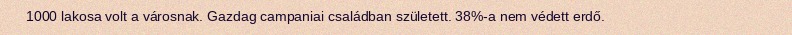
1000 lakosa volt a városnak. Gazdag campaniai családban született. 38%-a nem védett erdő.